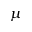
\mu